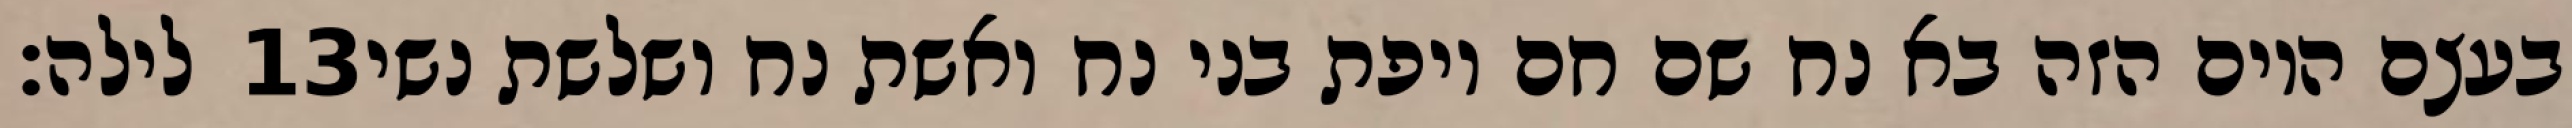
לילה׃ ‎13‏ בעצם היום הזה בא נח שם חם ויפת בני נח ואשת נח ושלשת נשי